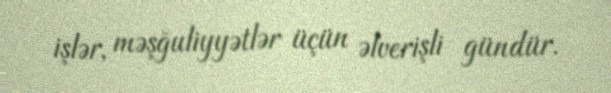
işlər, məşğuliyyətlər üçün əlverişli gündür.